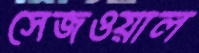
সেজওয়াল